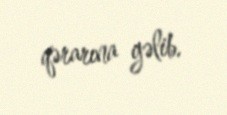
qərarına gəlib.